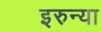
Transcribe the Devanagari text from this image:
इरुन्या